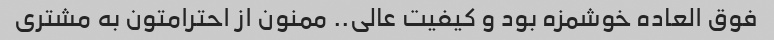
فوق العاده خوشمزه بود و کیفیت عالی.. ممنون از احترامتون به مشتری